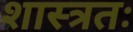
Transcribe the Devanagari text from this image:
शास्त्रतः